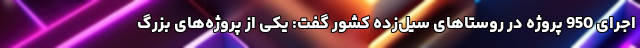
اجرای 950 پروژه در روستاهای سیل‌زده کشور گفت: یکی از پروژه‌های بزرگ